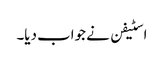
اسٹیفن نے جواب دیا۔